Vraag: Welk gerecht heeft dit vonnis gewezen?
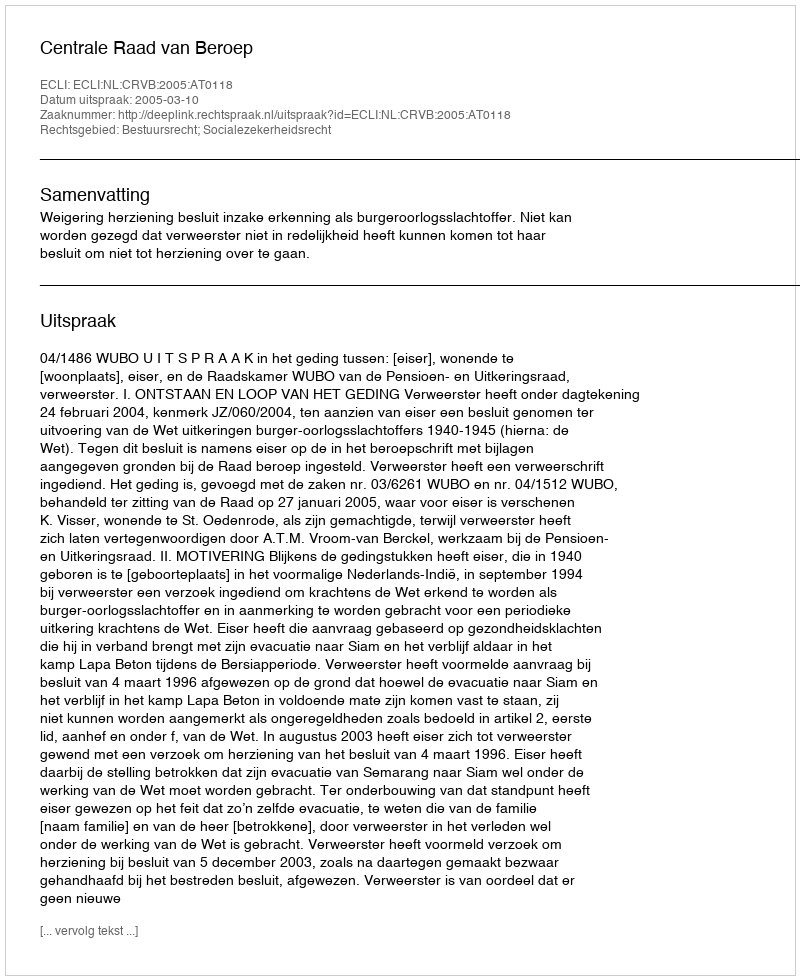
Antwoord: Centrale Raad van Beroep